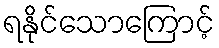
ရနိုင်သောကြောင့်